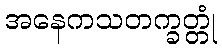
အနေကသတက္ခတ္တုံ